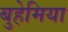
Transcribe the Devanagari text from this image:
बुहेमिया